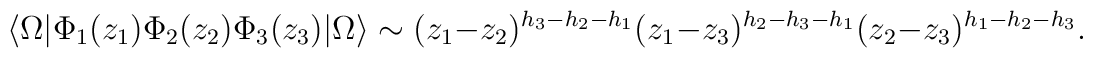
\langle \Omega | \Phi_1 (z_1) \Phi_2 (z_2)\Phi_3 (z_3) | \Omega \rangle\sim  (z_1 - z_2)^{h_3 - h_2 - h_1}  (z_1 - z_3)^{h_2 - h_3 - h_1}(z_2 - z_3)^{h_1 - h_2 - h_3}.